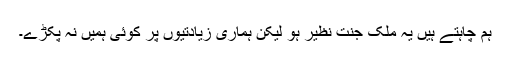
ہم چاہتے ہیں یہ ملک جنت نظیر ہو لیکن ہماری زیادتیوں پر کوئی ہمیں نہ پکڑے۔